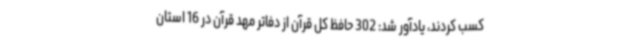
کسب کردند، یادآور شد: 302 حافظ کل قرآن از دفاتر مهد قرآن در 16 استان